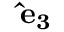
\mathbf { \hat { e } _ { 3 } }